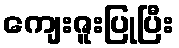
ကျေးဇူးပြုပြီး